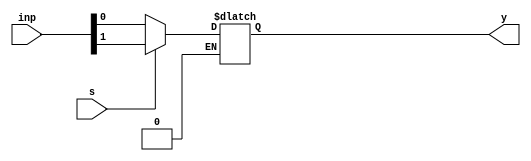
module mux2to1(inp, s, y);
input [1:0]inp;
input s;
output reg y;
always@(inp,s)
 begin
	if(s==0)
		y = inp[0];
	if(s==1)
		y = inp[1];
 end
endmodule